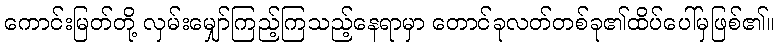
ကောင်းမြတ်တို့ လှမ်းမျှော်ကြည့်ကြသည့်နေရာမှာ တောင်ခုလတ်တစ်ခု၏ထိပ်ပေါ်မှဖြစ်၏။